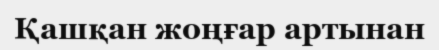
Қашқан жоңғар артынан